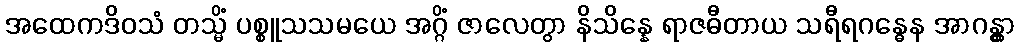
အထေကဒိဝသံ တသ္မိံ ပစ္စူသသမယေ အဂ္ဂိံ ဇာလေတွာ နိသိန္နေ ရာဇဓီတာယ သရီရဂန္ဓေန အာဂန္တွာ